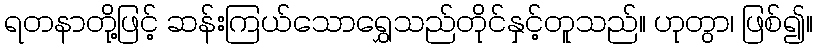
ရတနာတို့ဖြင့် ဆန်းကြယ်သောရွှေသည်တိုင်နှင့်တူသည်။ ဟုတွာ၊ ဖြစ်၍။